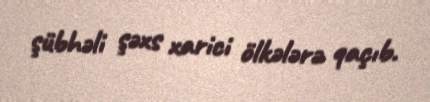
şübhəli şəxs xarici ölkələrə qaçıb.